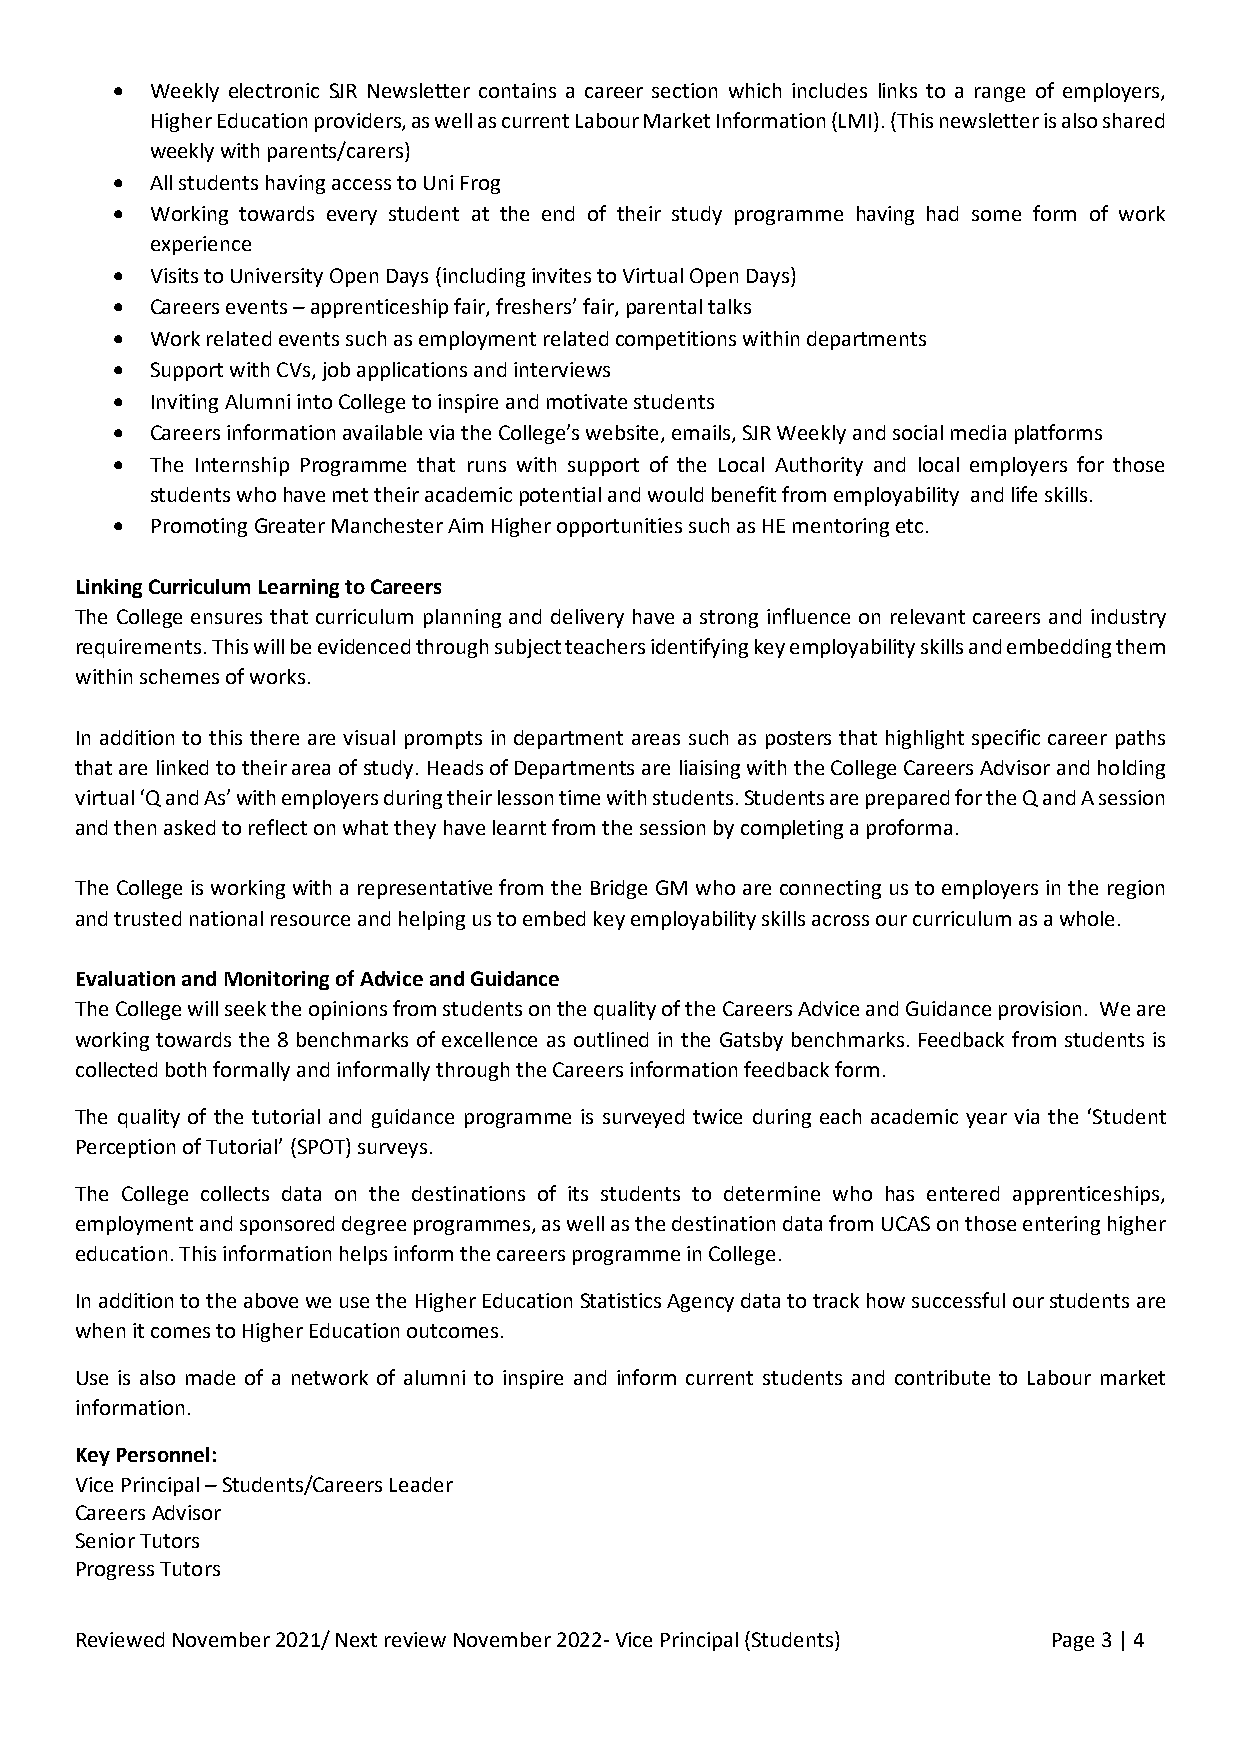
•  Weekly electronic SJR Newsletter contains a career section which includes links to a range of employers,
 Higher Education providers, as well as current Labour Market Information (LMI). (This newsletter is also shared
 weekly with parents/carers)
 •  All students having access to Uni Frog
 •  Working towards every student at the end of their study programme having had some form of work
 experience
 •  Visits to University Open Days (including invites to Virtual Open Days)
 •  Careers events – apprenticeship fair, freshers’ fair, parental talks
 •  Work related events such as employment related competitions within departments
 •  Support with CVs, job applications and interviews
 •  Inviting Alumni into College to inspire and motivate students
 •  Careers information available via the College’s website, emails, SJR Weekly and social media platforms
 •  The Internship Programme that runs with support of the Local Authority and local employers for those
 students who have met their academic potential and would benefit from employability and life skills.
 •  Promoting Greater Manchester Aim Higher opportunities such as HE mentoring etc.
 Linking Curriculum Learning to Careers
 The College ensures that curriculum planning and delivery have a strong influence on relevant careers and industry
 requirements. This will be evidenced through subject teachers identifying key employability skills and embedding them
 within schemes of works.
 In addition to this there are visual prompts in department areas such as posters that highlight specific career paths
 that are linked to their area of study. Heads of Departments are liaising with the College Careers Advisor and holding
 virtual ‘Q and As’ with employers during their lesson time with students. Students are prepared for the Q and A session
 and then asked to reflect on what they have learnt from the session by completing a proforma.
 The College is working with a representative from the Bridge GM who are connecting us to employers in the region
 and trusted national resource and helping us to embed key employability skills across our curriculum as a whole.
 Evaluation and Monitoring of Advice and Guidance
 The College will seek the opinions from students on the quality of the Careers Advice and Guidance provision. We are
 working towards the 8 benchmarks of excellence as outlined in the Gatsby benchmarks. Feedback from students is
 collected both formally and informally through the Careers information feedback form.
 The quality of the tutorial and guidance programme is surveyed twice during each academic year via the ‘Student
 Perception of Tutorial’ (SPOT) surveys.
 The College collects data on the destinations of its students to determine who has entered apprenticeships,
 employment and sponsored degree programmes, as well as the destination data from UCAS on those entering higher
 education. This information helps inform the careers programme in College.
 In addition to the above we use the Higher Education Statistics Agency data to track how successful our students are
 when it comes to Higher Education outcomes.
 Use is also made of a network of alumni to inspire and inform current students and contribute to Labour market
 information.
 Key Personnel:
 Vice Principal – Students/Careers Leader
 Careers Advisor
 Senior Tutors
 Progress Tutors
 Reviewed November 2021/ Next review November 2022- Vice Principal (Students) Page 3 | 4